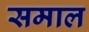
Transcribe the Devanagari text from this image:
समाल